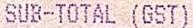
SUB-TOTAL (GST)